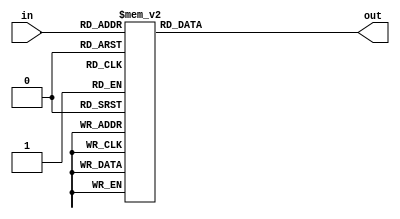
module hexdigit (
	input wire [3:0]in,
	output reg [6:0]out );
	
	always @ (in)
			case (in)  //abcdefg
			0: out=7'b1000000;
			1: out=7'b11111001;
			2: out=7'b0100100;
			3: out=7'b0110000;
			4: out=7'b0011001;
			5: out=7'b0010010;
			6: out=7'b0000010;
			7: out=7'b1111000;
			8: out=7'b0000000;
			9: out=7'b0011000;
			10: out=7'b0001000;
			11: out=7'b0000011;
			12: out=7'b1000110;
			13: out=7'b0100001;
			14: out=7'b0000110;
			15: out=7'b0001110;
		endcase 	
	
endmodule